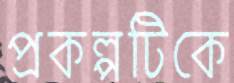
প্রকল্পটিকে